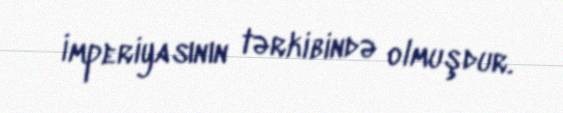
İmperiyasının tərkibində olmuşdur.